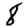
Digit: 8